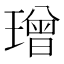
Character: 璔